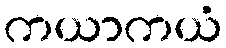
ကယာကယံ